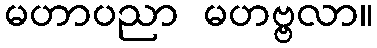
မဟာပညာ မဟဗ္ဗလာ။